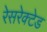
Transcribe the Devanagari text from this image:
रेसरेक्टेड